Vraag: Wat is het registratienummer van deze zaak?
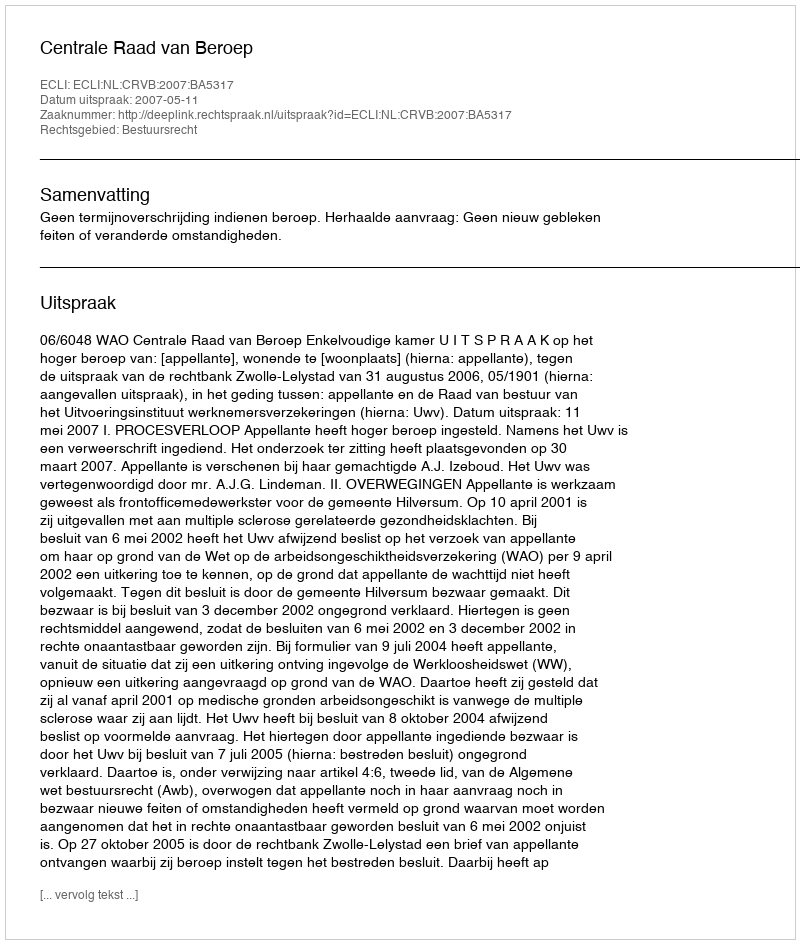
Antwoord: http://deeplink.rechtspraak.nl/uitspraak?id=ECLI:NL:CRVB:2007:BA5317